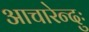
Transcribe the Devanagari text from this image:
आचारेन्दुः